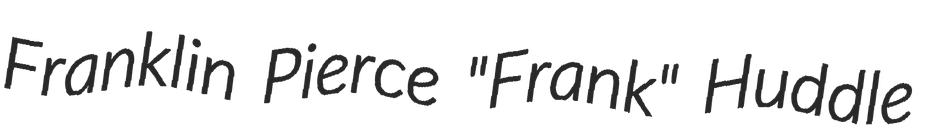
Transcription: Franklin Pierce "Frank" Huddle